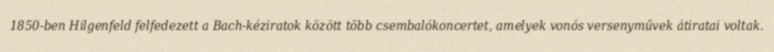
1850-ben Hilgenfeld felfedezett a Bach-kéziratok között több csembalókoncertet, amelyek vonós versenyművek átiratai voltak.